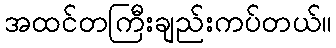
အထင်တကြီးချည်းကပ်တယ်။